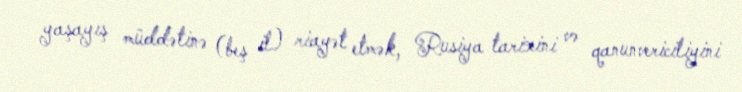
yaşayış müddətinə (beş il) riayət etmək, Rusiya tarixini və qanunvericiliyini